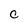
Character: C